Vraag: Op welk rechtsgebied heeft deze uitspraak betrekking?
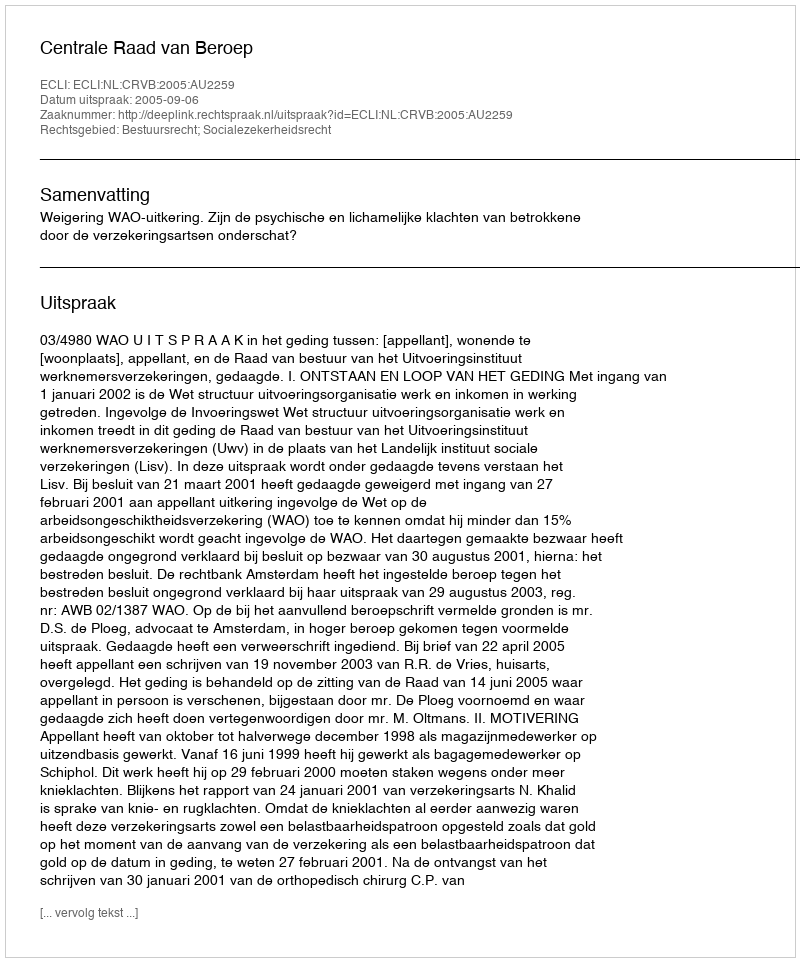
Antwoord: Bestuursrecht; Socialezekerheidsrecht